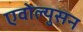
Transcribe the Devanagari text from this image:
एवोल्युसन